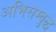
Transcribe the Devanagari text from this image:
अभिसम्बुद्ध